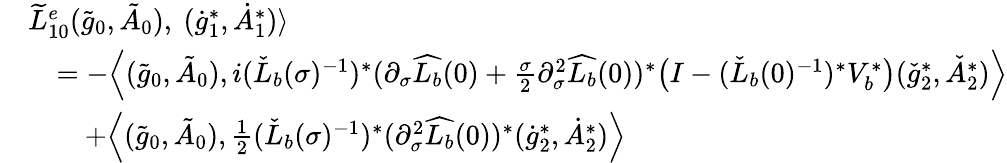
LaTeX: \begin{array}{rl}&{\widetilde{L}_{10}^{e}(\tilde{g}_{0},\tilde{A}_{0}),\ (\dot{g}_{1}^{*},\dot{A}_{1}^{*})\rangle}\\ &{\quad=-\Big\langle(\tilde{g}_{0},\tilde{A}_{0}),i(\check{L}_{b}(\sigma)^{-1})^{*}(\partial_{\sigma}\widehat{L_{b}}(0)+\frac{\sigma}{2}\partial_{\sigma}^{2}\widehat{L_{b}}(0))^{*}\big(I-(\check{L}_{b}(0)^{-1})^{*}V_{b}^{*}\big)(\check{g}_{2}^{*},\check{A}_{2}^{*})\Big\rangle}\\ &{\quad\quad+\Big\langle(\tilde{g}_{0},\tilde{A}_{0}),\frac{1}{2}(\check{L}_{b}(\sigma)^{-1})^{*}(\partial_{\sigma}^{2}\widehat{L_{b}}(0))^{*}(\dot{g}_{2}^{*},\dot{A}_{2}^{*})\Big\rangle}\end{array}